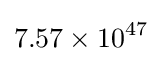
7.57\times 10^{47}